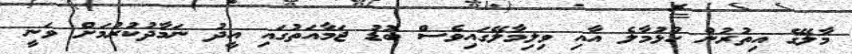
މާލޭގެ އިތުރުން ހުޅުމާލެ އާއި ވިލިމާލޭގައިވެސް ބޮޑު ޖަމާއަތުގައި އީދު ނަމާދުކުރުމަށް ވަނީ